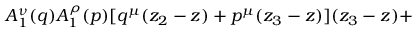
A _ { 1 } ^ { \nu } ( q ) A _ { 1 } ^ { \rho } ( p ) [ q ^ { \mu } ( z _ { 2 } - z ) + p ^ { \mu } ( z _ { 3 } - z ) ] ( z _ { 3 } - z ) +